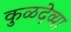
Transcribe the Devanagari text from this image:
कुळदेव्या